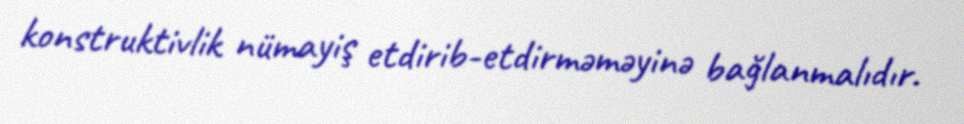
konstruktivlik nümayiş etdirib-etdirməməyinə bağlanmalıdır.